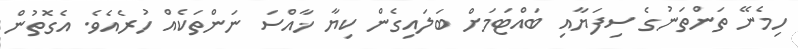
ހިމެނޭ ތަންތަނުގެ ސިފަޔާއި ބައްޓަމަށް ބަލައިގެން ކިޔާ ޚާއްސަ ނަންތަކެއް ހުރެއެވެ. އެގޮތުން